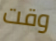
وقت